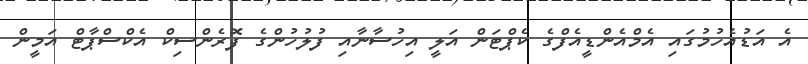
އެ އަޑުއެހުމުގައި އެމްއެންޑީއެފްގެ ކެޕްޓަން އަލީ އިހުސާނާއި ފުލުހުންގެ ފޮރެންސިކް އެކްސްޕާޓް އަމީން